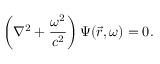
\left( \nabla ^ { 2 } + { \frac { \omega ^ { 2 } } { c ^ { 2 } } } \right) \Psi ( { \vec { r } } , \omega ) = 0 .